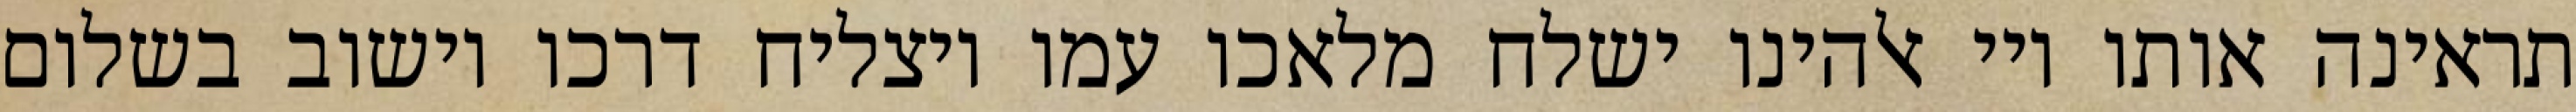
תראינה אותו ויי אלהינו ישלח מלאכו עמו ויצליח דרכו וישוב בשלום